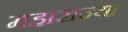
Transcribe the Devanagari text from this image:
महाराज्या